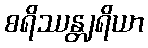
စရိဿန္တျရိယာ